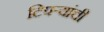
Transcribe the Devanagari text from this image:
टिपऱ्यांची